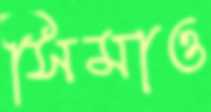
সিমাও